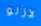
لازلو